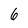
Character: 6